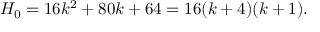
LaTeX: H _ { 0 } = 1 6 k ^ { 2 } + 8 0 k + 6 4 = 1 6 ( k + 4 ) ( k + 1 ) .